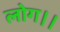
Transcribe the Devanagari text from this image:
लोग।।